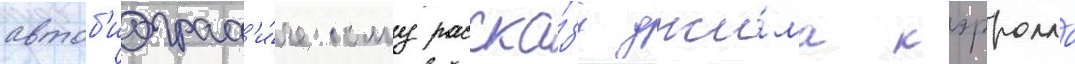
автоб'иограф'и́ческому расска́зу джи́ма кэрролла